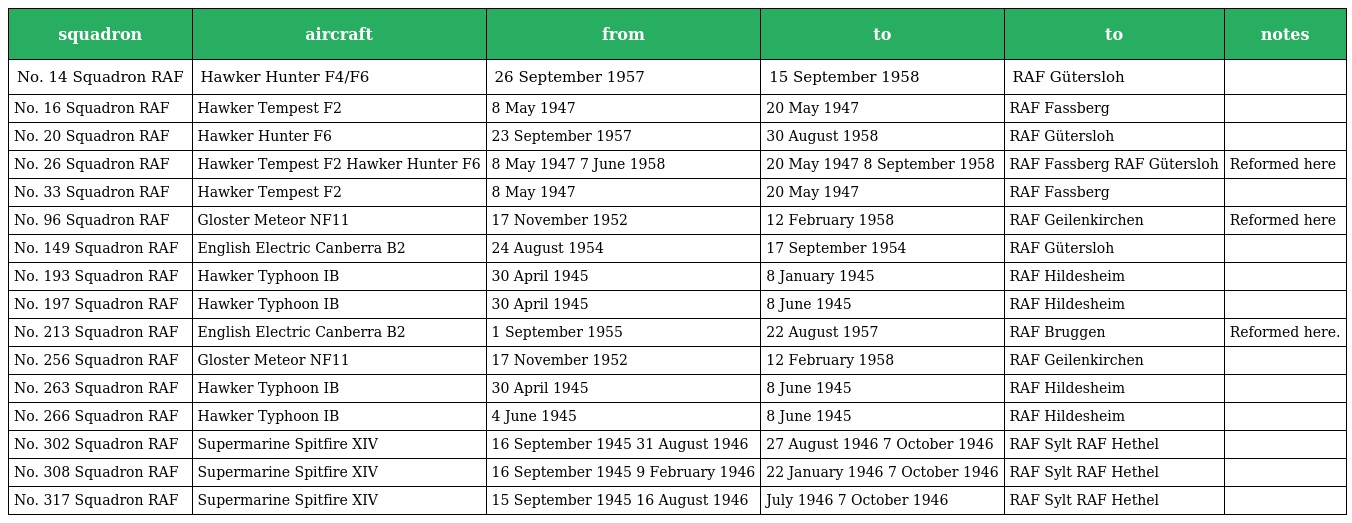
| squadron | aircraft | from | to | to | notes |
 | --- | --- | --- | --- | --- | --- |
 | No. 14 Squadron RAF | Hawker Hunter F4/F6 | 26 September 1957 | 15 September 1958 | RAF Gütersloh |  |
 | No. 16 Squadron RAF | Hawker Tempest F2 | 8 May 1947 | 20 May 1947 | RAF Fassberg |  |
 | No. 20 Squadron RAF | Hawker Hunter F6 | 23 September 1957 | 30 August 1958 | RAF Gütersloh |  |
 | No. 26 Squadron RAF | Hawker Tempest F2 Hawker Hunter F6 | 8 May 1947 7 June 1958 | 20 May 1947 8 September 1958 | RAF Fassberg RAF Gütersloh | Reformed here |
 | No. 33 Squadron RAF | Hawker Tempest F2 | 8 May 1947 | 20 May 1947 | RAF Fassberg |  |
 | No. 96 Squadron RAF | Gloster Meteor NF11 | 17 November 1952 | 12 February 1958 | RAF Geilenkirchen | Reformed here |
 | No. 149 Squadron RAF | English Electric Canberra B2 | 24 August 1954 | 17 September 1954 | RAF Gütersloh |  |
 | No. 193 Squadron RAF | Hawker Typhoon IB | 30 April 1945 | 8 January 1945 | RAF Hildesheim |  |
 | No. 197 Squadron RAF | Hawker Typhoon IB | 30 April 1945 | 8 June 1945 | RAF Hildesheim |  |
 | No. 213 Squadron RAF | English Electric Canberra B2 | 1 September 1955 | 22 August 1957 | RAF Bruggen | Reformed here. |
 | No. 256 Squadron RAF | Gloster Meteor NF11 | 17 November 1952 | 12 February 1958 | RAF Geilenkirchen |  |
 | No. 263 Squadron RAF | Hawker Typhoon IB | 30 April 1945 | 8 June 1945 | RAF Hildesheim |  |
 | No. 266 Squadron RAF | Hawker Typhoon IB | 4 June 1945 | 8 June 1945 | RAF Hildesheim |  |
 | No. 302 Squadron RAF | Supermarine Spitfire XIV | 16 September 1945 31 August 1946 | 27 August 1946 7 October 1946 | RAF Sylt RAF Hethel |  |
 | No. 308 Squadron RAF | Supermarine Spitfire XIV | 16 September 1945 9 February 1946 | 22 January 1946 7 October 1946 | RAF Sylt RAF Hethel |  |
 | No. 317 Squadron RAF | Supermarine Spitfire XIV | 15 September 1945 16 August 1946 | July 1946 7 October 1946 | RAF Sylt RAF Hethel |  |